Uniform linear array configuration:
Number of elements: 16
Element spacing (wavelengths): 1
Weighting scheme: hamming
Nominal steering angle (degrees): -60
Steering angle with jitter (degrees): -60.669
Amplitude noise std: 0.05
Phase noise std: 0.05

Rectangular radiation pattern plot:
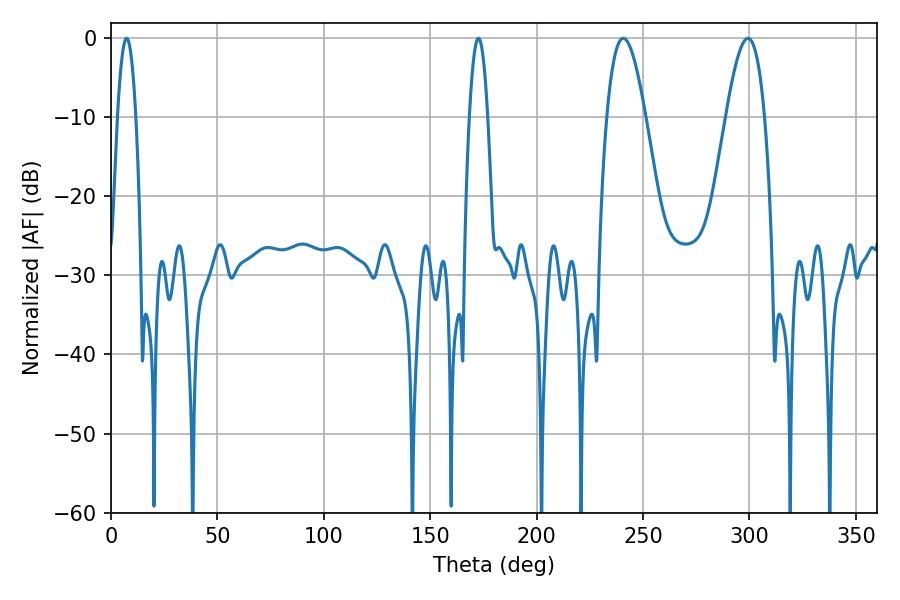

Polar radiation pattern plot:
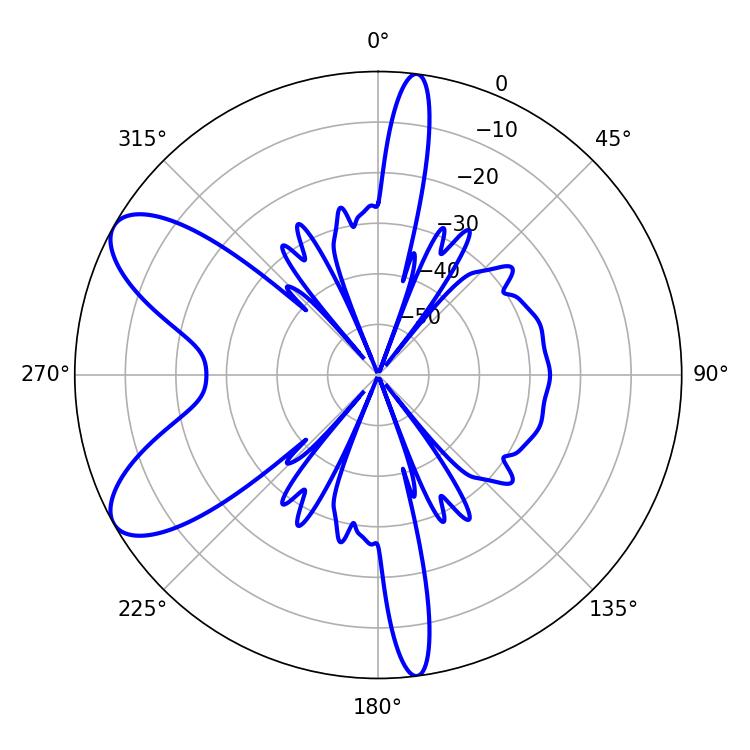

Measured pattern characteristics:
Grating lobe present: TRUE
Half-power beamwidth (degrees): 9.9
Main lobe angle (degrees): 240.66